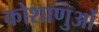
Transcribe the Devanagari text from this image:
कोशाणुओं